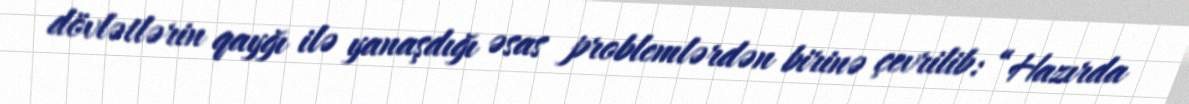
dövlətlərin qayğı ilə yanaşdığı əsas problemlərdən birinə çevrilib: “Hazırda